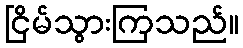
ငြိမ်သွားကြသည်။